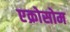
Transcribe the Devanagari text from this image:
एक्रोसोम